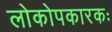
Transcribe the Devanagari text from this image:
लोकोपकारकः